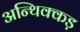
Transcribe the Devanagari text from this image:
अन्थिक्कड़